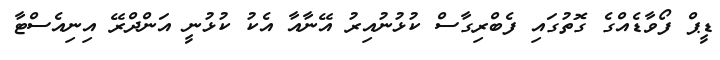
ޑީޕް ފޯވާޑެއްގެ ގޮތުގައި ފެބްރިގާސް ކުޅުނުއިރު އޭނާއާ އެކު ކުޅުނީ އަންދްރޭ އިނިއެސްޓާ